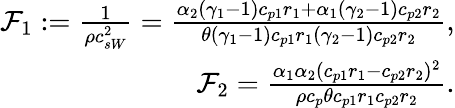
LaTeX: \begin{array}{r}{\mathcal{F}_{1}:=\frac{1}{\rho c_{sW}^{2}}=\frac{\alpha_{2}(\gamma_{1}-1)c_{p1}r_{1}+\alpha_{1}(\gamma_{2}-1)c_{p2}r_{2}}{\theta(\gamma_{1}-1)c_{p1}r_{1}(\gamma_{2}-1)c_{p2}r_{2}},}\\ {\mathcal{F}_{2}=\frac{\alpha_{1}\alpha_{2}(c_{p1}r_{1}-c_{p2}r_{2})^{2}}{\rho c_{p}\theta c_{p1}r_{1}c_{p2}r_{2}}.}\end{array}